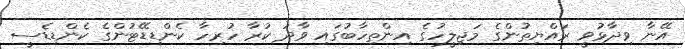
އޭނާ ވިދާޅުވީ ރައްޔިތުންގެ މަޖިލީހުގެ އިންތިހާބުގައި ވާދަ ކުރާ ހުރިހާ ކެންޑިޑޭޓުންގެ ކެންޑިޑެސީ